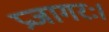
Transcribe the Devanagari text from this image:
प्रजागरः।